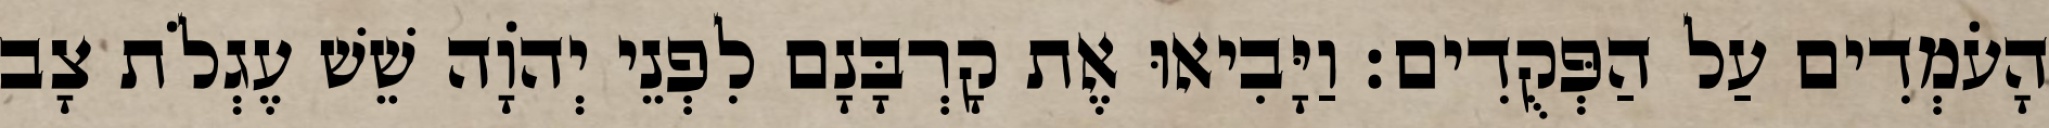
הָעֹמְדִים עַל הַפְּקֻדִים׃ וַיָּבִיאוּ אֶת קָרְבָּנָם לִפְנֵי יְהֹוָה שֵׁשׁ עֶגְלֹת צָב